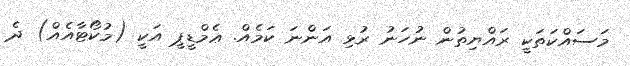
މަސައްކަތަކީ ރައްޔިތުން ނުހަނު ރުޅި އަންނަ ކަމެއް. ޢެމްޑީޕީ އަކީ (މުކޯޓާއެއް) ދެ